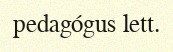
pedagógus lett.